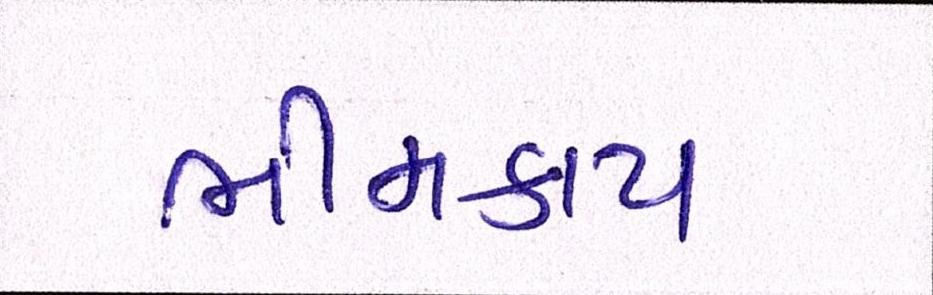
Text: ભીમકાય